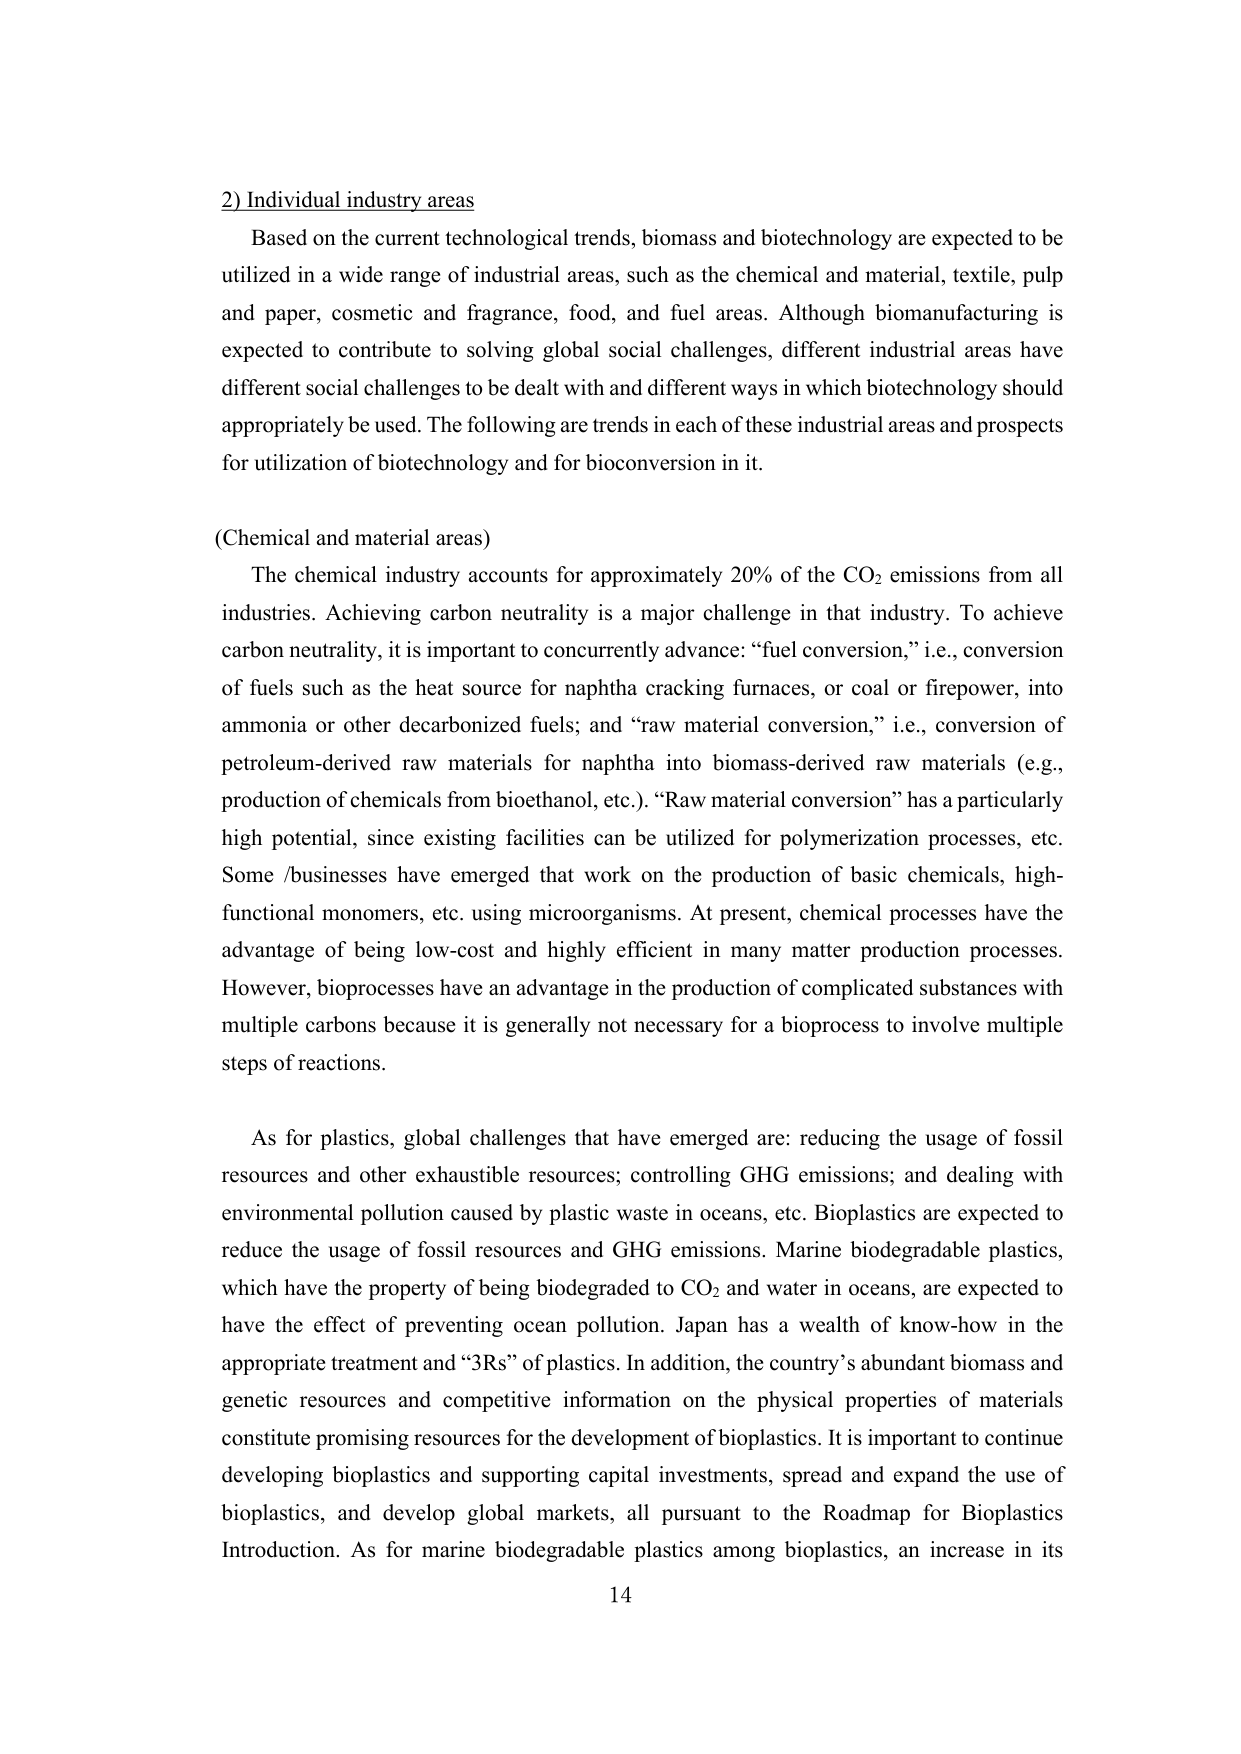
2) Individual industry areas

Based on the current technological trends, biomass and biotechnology are expected to be utilized in a wide range of industrial areas, such as the chemical and material, textile, pulp and paper, cosmetic and fragrance, food, and fuel areas. Although biomanufacturing is expected to contribute to solving global social challenges, different industrial areas have different social challenges to be dealt with and different ways in which biotechnology should appropriately be used. The following are trends in each of these industrial areas and prospects for utilization of biotechnology and for bioconversion in it.

(Chemical and material areas)

The chemical industry accounts for approximately 20% of the CO₂ emissions from all industries. Achieving carbon neutrality is a major challenge in that industry. To achieve carbon neutrality, it is important to concurrently advance: “fuel conversion,” i.e., conversion of fuels such as the heat source for naphtha cracking furnaces, or coal or firepower, into ammonia or other decarbonized fuels; and “raw material conversion,” i.e., conversion of petroleum-derived raw materials for naphtha into biomass-derived materials (e.g., production of chemicals from bioethanol, etc.). “Raw material conversion” has a particularly high potential, since existing facilities can be utilized for polymerization processes, etc. Some /businesses have emerged that work on the production of basic chemicals, high-functional monomers, etc. using microorganisms. At present, chemical processes have the advantage of being low-cost and highly efficient in many matter production processes. However, bioprocesses have an advantage in the production of complicated substances with multiple carbons because it is generally not necessary for a bioprocess to involve multiple steps of reactions.

As for plastics, global challenges that have emerged are: reducing the usage of fossil resources and other exhaustible resources; controlling GHG emissions; and dealing with environmental pollution caused by plastic waste in oceans, etc. Bioplastics are expected to reduce the usage of fossil resources and GHG emissions. Marine biodegradable plastics, which have the property of being biodegraded to CO₂ and water in oceans, are expected to have the effect of preventing ocean pollution. Japan has a wealth of know-how in the appropriate treatment and “3Rs” of plastics. In addition, the country’s abundant biomass and genetic resources and competitive information on the physical properties of materials constitute promising resources for the development of bioplastics. It is important to continue developing bioplastics and supporting capital investments, spread and expand the use of bioplastics, and develop global markets, all pursuant to the Roadmap for Bioplastics Introduction. As for marine biodegradable plastics among bioplastics, an increase in its

14